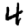
Digit: 4